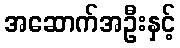
အဆောက်အဦးနှင့်